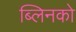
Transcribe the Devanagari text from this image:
ब्लिनको